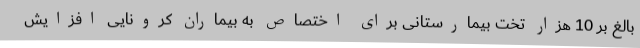
بالغ بر 10 هزار تخت بیمارستانی برای اختصاص به بیماران کرونایی افزایش